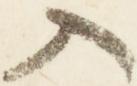
入